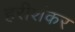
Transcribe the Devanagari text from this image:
हरीशंकर